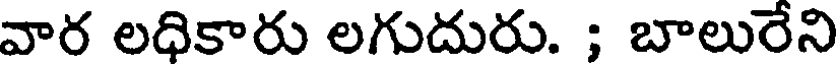
వార లధికారు లగుదురు. ; బాలురేని